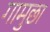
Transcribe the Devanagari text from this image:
गामुछा